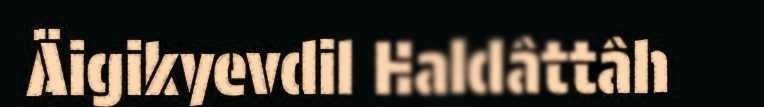
Äigikyevdil Haldâttâh